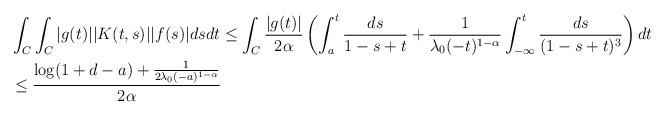
LaTeX: \begin{align*} &\int_{C} \int_{C} |g(t)| |K(t,s)| |f(s)| ds dt\leq \int_{C} \frac{|g(t)|}{2\alpha} \left(\int_{a}^{t} \frac{ds}{1-s+t} + \frac{1}{\lambda_{0}(-t)^{1-\alpha}} \int_{-\infty}^{t} \frac{ds}{(1-s+t)^{3}}\right)dt\\ &\leq\frac{\log(1+d-a)+\frac{1}{2\lambda_{0}(-a)^{1-\alpha}}}{2\alpha} \end{align*}